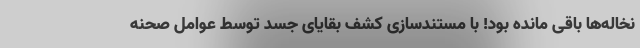
نخاله‌ها باقی مانده بود! با مستندسازی کشف بقایای جسد توسط عوامل صحنه